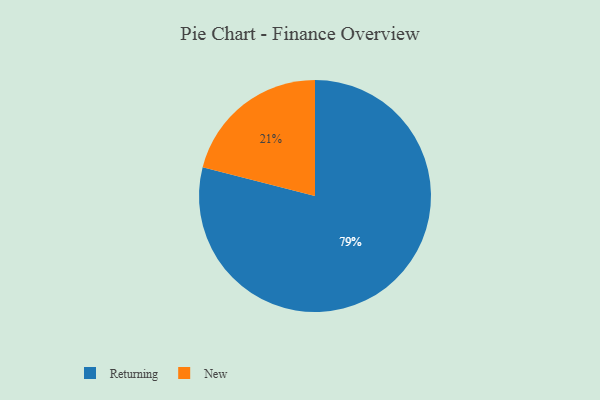
{"axis": {"x": "Category", "y": "Percentage"}, "legend": ["New", "Returning"], "data": [{"x": "Returning", "y": 79, "type": "Returning"}, {"x": "New", "y": 21, "type": "New"}]}